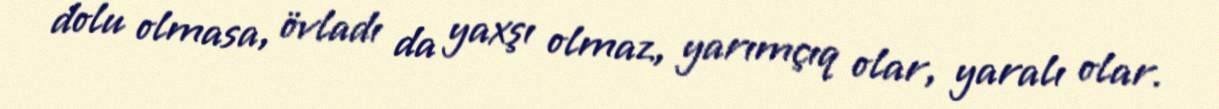
dolu olmasa, övladı da yaxşı olmaz, yarımçıq olar, yaralı olar.